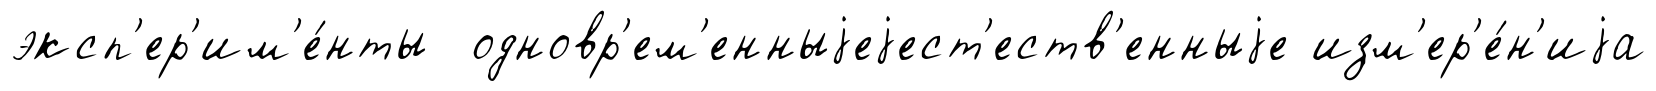
эксп'ер'им'е́нты одновр'ем'енныjеjест'еств'енныjе изм'ер'е́н'иjа